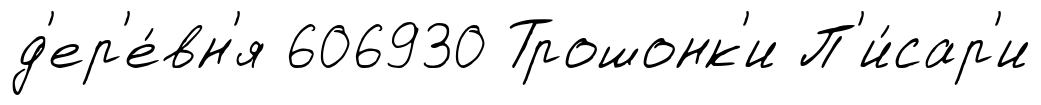
д'ер'е́вн'я 606930 Трошонк'и П'и́сар'и